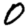
Digit: 0